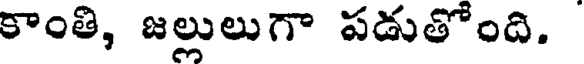
కాంతి, జల్లులుగా పడుతోంది.